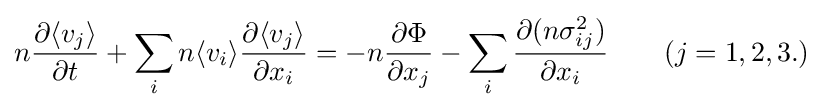
n{\frac {\partial \langle {v_{j}}\rangle }{\partial t}}+\sum _{i}n\langle {v_{i}}\rangle {\frac {\partial {\langle {v_{j}}\rangle }}{\partial x_{i}}}=-n{\frac {\partial \Phi }{\partial x_{j}}}-\sum _{i}{\frac {\partial (n\sigma _{ij}^{2})}{\partial x_{i}}}\qquad (j=1,2,3.)